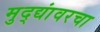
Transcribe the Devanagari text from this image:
मुद्द्यांवरचा